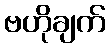
ဗဟိုချက်